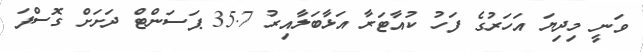
ވަނީ މިދިޔަ އަހަރުގެ ފަހު ކުއާޓަރާ އަޅާބަލާއިރު 35.7 ޕަސަންޓް ދަށަށް ގޮސްފަ